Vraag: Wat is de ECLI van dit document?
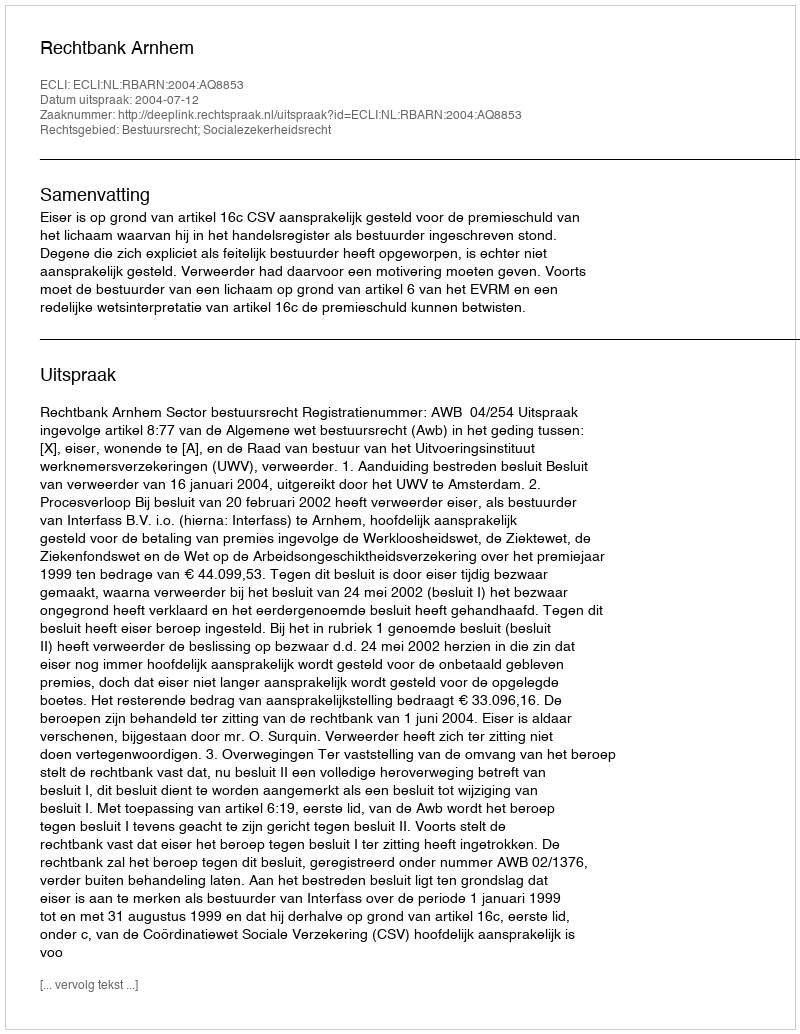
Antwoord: ECLI:NL:RBARN:2004:AQ8853